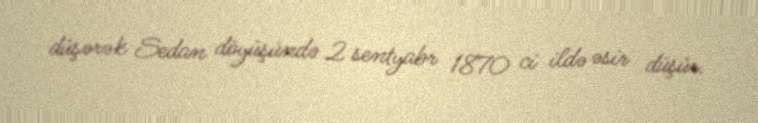
düşərək Sedan döyüşündə 2 sentyabr 1870 ci ildə əsir düşür.